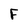
Character: F